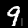
Digit: 9